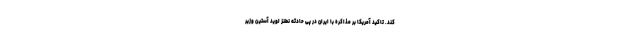
کند. تاکید آمریکا بر مذاکره با ایران در پی حادثه نطنز لوید آستین وزیر